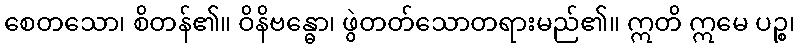
စေတသော၊ စိတန်၏။ ဝိနိဗန္ဓော၊ ဖွဲတတ်သောတရားမည်၏။ ဣတိ ဣမေ ပဉ္စ၊